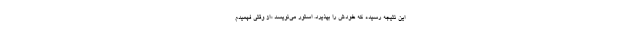
این نتیجه رسیده که خودش را بپذیرد. استور می‌نویسد «از وقتی فهمیدم